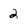
Character: 2